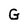
Character: G